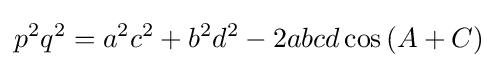
p^{2}q^{2}=a^{2}c^{2}+b^{2}d^{2}-2abcd\cos {(A+C)}